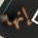
إنها